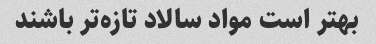
بهتر است مواد سالاد تازه‌تر باشند